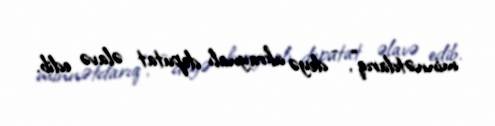
minnətdarıq”, - deyə ukraynalı deputat əlavə edib.